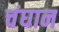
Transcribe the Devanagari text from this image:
चंघान